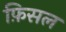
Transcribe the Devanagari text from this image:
फ़िसल